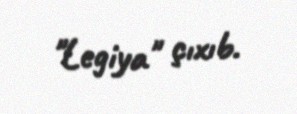
"Legiya" çıxıb.